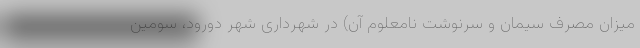
میزان مصرف سیمان و سرنوشت نامعلوم آن) در شهرداری شهر دورود، سومین